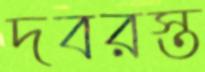
দবরস্ত